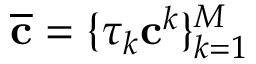
\overline { { \mathbf { c } } } = \{ \tau _ { k } \mathbf { c } ^ { k } \} _ { k = 1 } ^ { M }